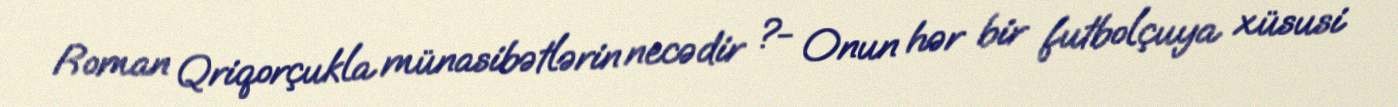
Roman Qriqorçukla münasibətlərin necədir ?- Onun hər bir futbolçuya xüsusi